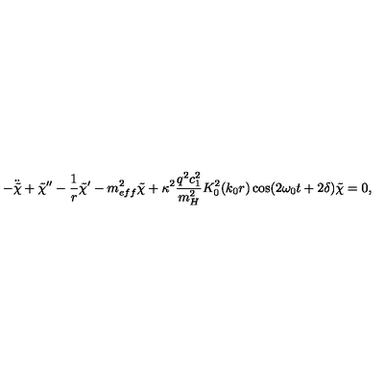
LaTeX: - \ddot { \tilde { \chi } } + \tilde { \chi } ^ { \prime \prime } - \frac { 1 } { r } \tilde { \chi } ^ { \prime } - m _ { e f f } ^ { 2 } \tilde { \chi } + \kappa ^ { 2 } \frac { q ^ { 2 } c _ { 1 } ^ { 2 } } { m _ { H } ^ { 2 } } K _ { 0 } ^ { 2 } ( k _ { 0 } r ) \cos ( 2 \omega _ { 0 } t + 2 \delta ) \tilde { \chi } = 0 ,